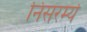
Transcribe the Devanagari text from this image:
निसरर्म्य